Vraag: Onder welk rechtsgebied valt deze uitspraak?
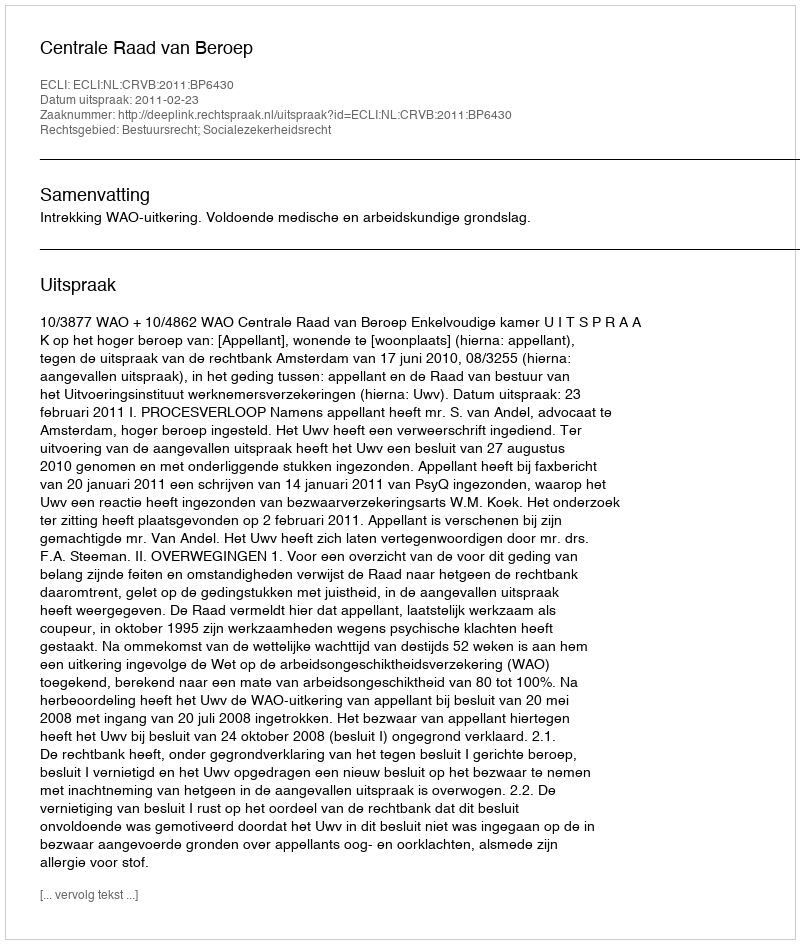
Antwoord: Bestuursrecht; Socialezekerheidsrecht